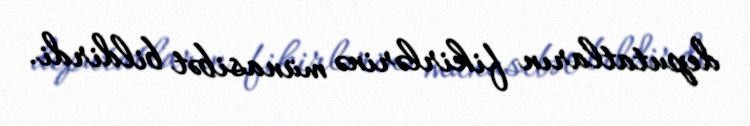
deputatların fikirlərinə münasibət bildirdi.